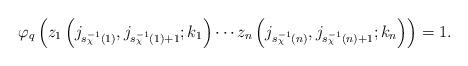
LaTeX: \begin{align*}\varphi_q\left(z_1\left(j_{s^{-1}_\chi(1)}, j_{s^{-1}_\chi(1) + 1}; k_1\right) \cdots z_n\left(j_{s^{-1}_\chi(n)}, j_{s^{-1}_\chi(n) + 1}; k_n\right) \right) = 1.\end{align*}